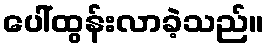
ပေါ်ထွန်းလာခဲ့သည်။